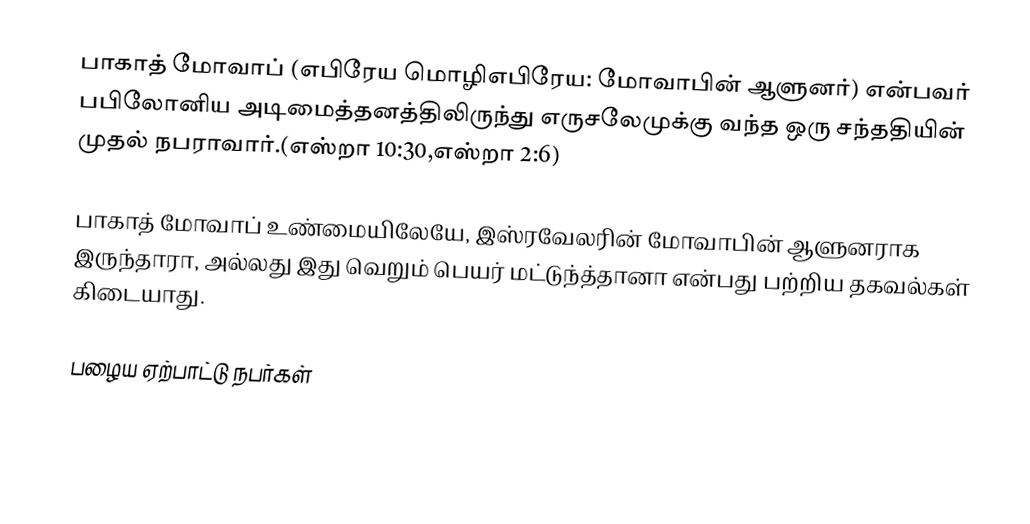
பாகாத் மோவாப் (எபிரேய மொழிஎபிரேய: மோவாபின் ஆளுனர்) என்பவர் பபிலோனிய அடிமைத்தனத்திலிருந்து எருசலேமுக்கு வந்த ஒரு சந்ததியின் முதல் நபராவார்.(எஸ்றா 10:30,எஸ்றா 2:6)

பாகாத் மோவாப் உண்மையிலேயே, இஸ்ரவேலரின் மோவாபின் ஆளுனராக இருந்தாரா, அல்லது இது வெறும் பெயர் மட்டுந்த்தானா என்பது பற்றிய தகவல்கள் கிடையாது.

பழைய ஏற்பாட்டு நபர்கள்